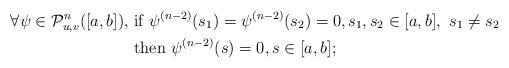
LaTeX: \begin{align*}\forall \psi\in {\cal P}^n_{u,v}([a,b]),\,\,&\hbox{if}\,\, \psi^{(n-2)}(s_1)=\psi^{(n-2)}(s_2)=0, s_1,s_2\in[a,b],\,\, s_1\ne s_2\\ &\hbox{then}\,\, \psi^{(n-2)}(s)=0, s\in[a,b]; \end{align*}